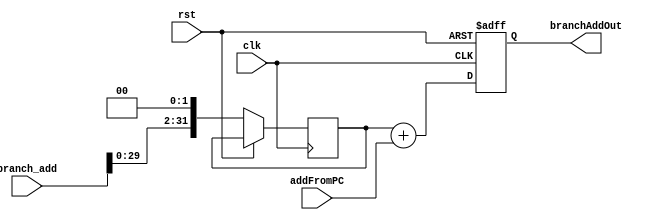
module PC_branch(
	 output reg [31:0] branchAddOut,		// address to which the PC will branch to
    input [31:0] addFromPC,		// output of PC from id/exe register
    input [31:0] branch_add,		// comes from ID after sign extending the 16 bits
    input clk,
    input rst
    );

	reg [31:0]	temp_branch;
	
	always @(posedge clk or posedge rst)
		begin
			if (rst)
				begin
					branchAddOut <= 0;
				end
			else
				begin
					temp_branch <= branch_add << 2;
					branchAddOut <= temp_branch + addFromPC;
				end			
		end
endmodule


module ALUcontrol(
	output reg [3:0] ALUoperation,
	input [1:0] ALUop_controlSignals,
	input [5:0] funct,
	input clk, rst
    );

	always @(*)
		begin
			if (rst) 
				begin
					ALUoperation <= 0;
				end
			else 
				begin
					case (ALUop_controlSignals)
						2'b00:
							begin
								ALUoperation <= 4'b0010;
							end
						2'b01: ALUoperation <= 4'b0110;
						2'b10:
							begin
								case (funct)
									6'b100000: ALUoperation <= 4'b0010;
									6'b100010: ALUoperation <= 4'b0110;
									6'b100100: ALUoperation <= 4'b0000;
									6'b100101: ALUoperation <= 4'b0001;
									6'b101010: ALUoperation <= 4'b0111;
									default: ALUoperation <= 4'b0010;
								endcase
							end
						default: ALUoperation <= 4'b0010;
					endcase
				end
		end

endmodule


module ALU(
	output reg [31:0] ALUresult,
	output reg zero,
	input [31:0] Rs_Data, Rt_Data,
	input [31:0] ext_imm,
	input [3:0] ALUoperation, 
	input ALUsrc, clk, rst
    );

	always @(*)
		begin
			if (rst)
				begin
					ALUresult <= 0;
					zero <= 0;
				end
			else 
				begin 
					case (ALUoperation)
						4'b0010:
							begin 
								if (ALUsrc)
									begin
										ALUresult <= Rs_Data + ext_imm;
									end
								else
									begin
										ALUresult <= Rs_Data + Rt_Data;
									end
							end
						4'b0110:
							begin 
								if (ALUsrc)
									begin
										ALUresult <= Rs_Data - ext_imm;
									end
								else
									begin
										ALUresult <= Rs_Data - Rt_Data;
									end
							end
						4'b0000: ALUresult <= Rs_Data & Rt_Data;
						4'b0001: ALUresult <= Rs_Data | Rt_Data;
						4'b0111: ALUresult <= (Rs_Data < Rt_Data) ? 1 : 0;
						default: ALUresult <= 0;
					endcase
					
					if (ALUresult == 0)
						begin
							zero <= 1;
						end
					else
						begin
							zero <= 0;
						end
				end
		end
endmodule 


module EXE_MEM_reg(
	 output reg Branch_regOut,
    output reg MemWrite_regOut,
    output reg MemRead_regOut,
    output reg MemToReg_regOut,
    output reg RegWriteFromCS_regOut,
    output reg zeroOut,
    output reg [4:0] DestinationOut,
	 output reg [31:0] branchAddOut, ALUresultOut, Rt_Data_out,
	 input Branch_regIn,
    input MemWrite_regIn,
    input MemRead_regIn,
    input MemToReg_regIn,
    input RegWriteFromCS_regIn,
    input zeroIn,
    input [4:0] DestinationIn,
	 input [31:0] branchAddIn, ALUresultIn, Rt_Data_in,
	 input clk, rst
    );

	always@(posedge clk or posedge rst)
		begin 
			if (rst)
				begin
					 Branch_regOut <= 0;
					 MemWrite_regOut <= 0;
					 MemRead_regOut <= 0;
					 MemToReg_regOut <= 0;
					 RegWriteFromCS_regOut <= 0;
					 zeroOut <= 0;
					 DestinationOut <= 0;
					 branchAddOut <= 0;
					 ALUresultOut <= 0;
					 Rt_Data_out <= 0;		
				end
			else 
				begin
					 Branch_regOut <= Branch_regIn;
					 MemWrite_regOut <= MemWrite_regIn;
					 MemRead_regOut <= MemRead_regIn;
					 MemToReg_regOut <= MemToReg_regIn;
					 RegWriteFromCS_regOut <= RegWriteFromCS_regIn;
					 zeroOut <= zeroIn;
					 DestinationOut <= DestinationIn;
					 branchAddOut <= branchAddIn;
					 ALUresultOut <= ALUresultIn;
					 Rt_Data_out <= Rt_Data_in;	
				end
		end
endmodule



module EXE(
	 output Branch_regOut,
    output MemWrite_regOut,
    output MemRead_regOut,
    output MemToReg_regOut,
    output RegWriteFromCS_regOut,
    output zero,
    output [4:0] Destination,
	 output [31:0] branchAddOut, ALUresult, Rt_Data_out,
	 input [31:0] PC_out_reg_out,
    input [31:0] Rs_Data_reg,
    input [31:0] Rt_Data_reg,
    input [31:0] ext_imm_reg,
    input [4:0] rt_add_reg,
    input [4:0] rd_add_reg,			//rd_add or rt_add(destination) is decided in exe stage but then goes agay and agay and comes from wb stage
    input [1:0] ALUop_reg,
    input RegDst_reg,
    input ALUsrc_reg,
    input Branch_reg,
    input MemWrite_reg,
    input MemRead_reg,
    input MemToReg_reg,
    input RegWriteFromCS_reg, clk, rst
    );

	// Internal signals
	wire [3:0] ALUoperation;
	wire [31:0] branch_address;
	wire [31:0] ALUresult_temp;
	wire zeroIn;
	wire [4:0] DestinationIn;

	// ALU Control
	ALUcontrol alu_control (
		.ALUoperation(ALUoperation),
		.ALUop_controlSignals(ALUop_reg),
		.funct(ext_imm_reg[5:0]),
		.clk(clk),
		.rst(rst)
	);

	// ALU
	ALU alu (
		.ALUresult(ALUresult_temp),
		.zero(zeroIn),
		.Rs_Data(Rs_Data_reg),
		.Rt_Data(Rt_Data_reg),
		.ext_imm(ext_imm_reg),	
		.ALUoperation(ALUoperation),
		.ALUsrc(ALUsrc_reg)
	);

	// Branch Address Calculation
	PC_branch pc_branch (
		.branchAddOut(branch_address),
		.addFromPC(PC_out_reg_out),
		.branch_add(ext_imm_reg),
		.clk(clk),
		.rst(rst)
	);

	// Destination Register Selection
	assign DestinationIn = (RegDst_reg) ? rd_add_reg : rt_add_reg;

	// Registering Outputs
	EXE_MEM_reg exe_mem_reg (
		.Branch_regOut(Branch_regOut),
		.MemWrite_regOut(MemWrite_regOut),
		.MemRead_regOut(MemRead_regOut),
		.MemToReg_regOut(MemToReg_regOut),
		.RegWriteFromCS_regOut(RegWriteFromCS_regOut),
		.zeroOut(zero),
		.DestinationOut(Destination),
		.branchAddOut(branchAddOut),
		.ALUresultOut(ALUresult),
		.Rt_Data_out(Rt_Data_out),
		.Branch_regIn(Branch_reg),
		.MemWrite_regIn(MemWrite_reg),
		.MemRead_regIn(MemRead_reg),
		.MemToReg_regIn(MemToReg_reg),
		.RegWriteFromCS_regIn(RegWriteFromCS_reg),
		.zeroIn(zeroIn),
		.DestinationIn(DestinationIn),
		.branchAddIn(branch_address),
		.ALUresultIn(ALUresult_temp),
		.Rt_Data_in(Rt_Data_reg),
		.clk(clk),
		.rst(rst)
	);


endmodule


//temp = regDst ? rd_add : rt_add;